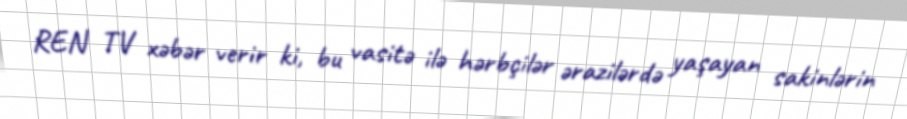
REN TV xəbər verir ki, bu vasitə ilə hərbçilər ərazilərdə yaşayan sakinlərin